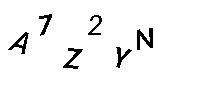
A7Z2YN